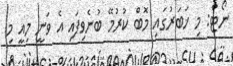
ނޯޓް: މި ޚަބަރުގައި މޮބް ކުރުމޭ ބުނެވިފައި އެ ވަނީ މިއީ މި